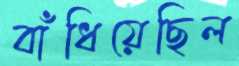
বাঁধিয়েছিল